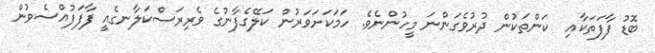
ބޮޑު ފާފަތަކާއި  ކަންތަކުން ދުރުވެގަންނަ މީހުންނެވެ. ހަމަކަށަވަރުން ކަލޭގެފާނުގެ ވެރިރަސްކަލާނގެއީ ފާފަފުއްސެވުން